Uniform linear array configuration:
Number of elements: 8
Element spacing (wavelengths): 0.75
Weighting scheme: cosine
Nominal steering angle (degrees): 30
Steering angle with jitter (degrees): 31.039
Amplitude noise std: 0.05
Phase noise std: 0.05

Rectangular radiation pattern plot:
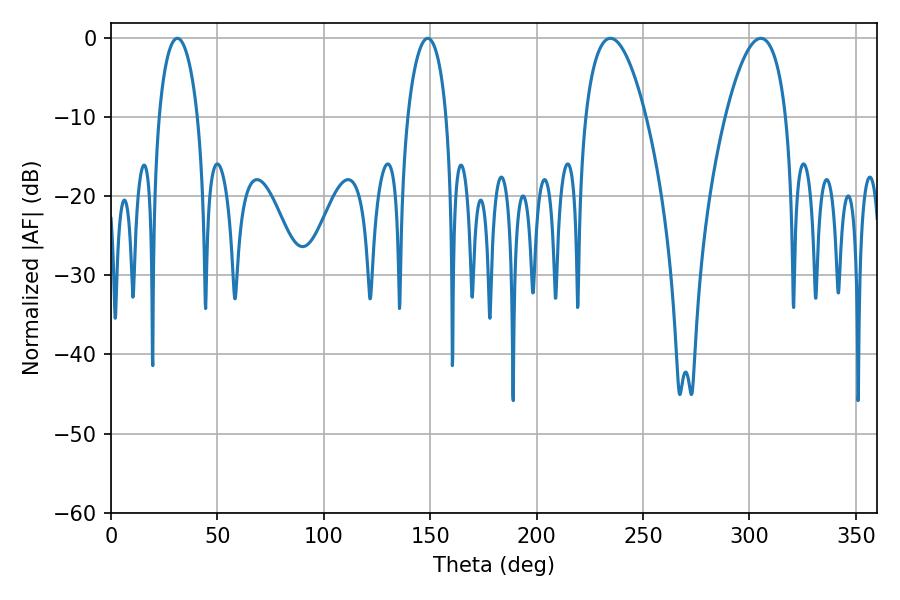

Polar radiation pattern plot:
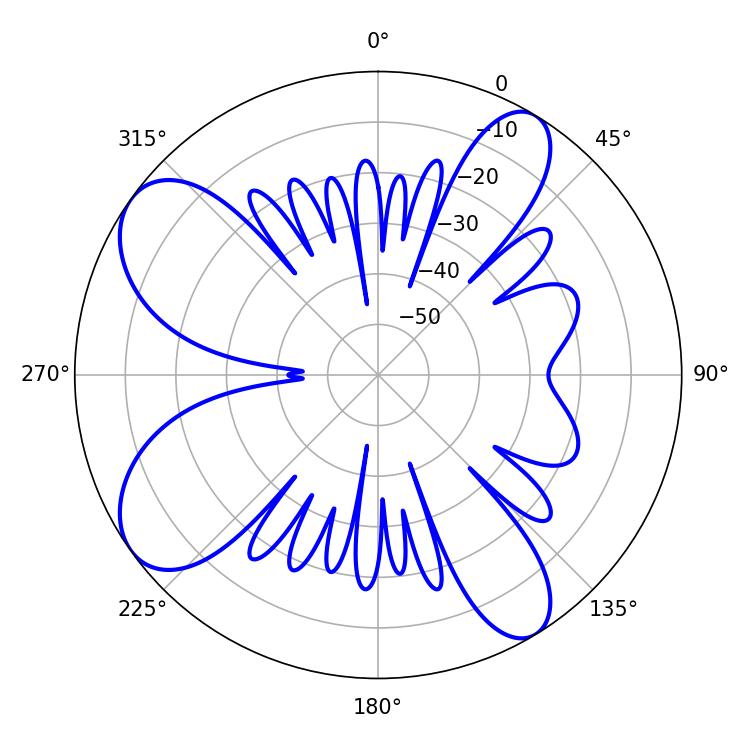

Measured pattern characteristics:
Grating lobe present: TRUE
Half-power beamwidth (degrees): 10.44
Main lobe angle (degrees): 31.14